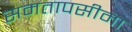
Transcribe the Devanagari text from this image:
समतापसीमा